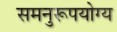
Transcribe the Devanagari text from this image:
समनुरूपयोग्य